Mental hospitals Bombay report 1929-33 - 1929-1933
Year: 1929
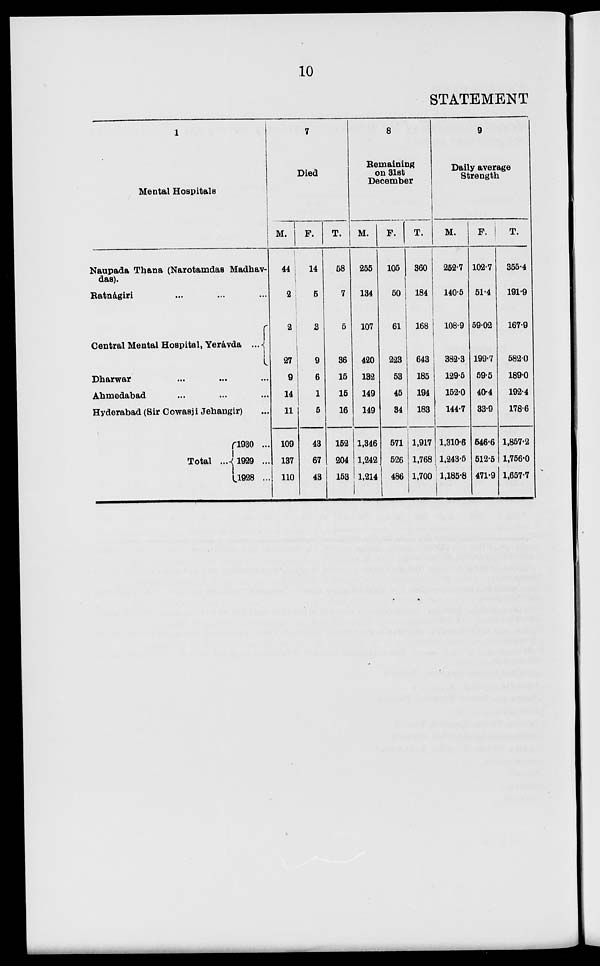
10
STATEMENT
1
Mental Hospitals
Naupada Thana (Narotamdas Madhav-
das).
Ratnágiri ... ... ...
Central Mental Hospital, Yerávda ...
Dharwar ... ... ...
Ahmedabad ... ... ...
Hyderabad (Sir Cowasji Jehangir) ...
Total ...
1930 ...
1929 ...
1928 ...
7
Died
M.
44
2
2
27
9
14
11
109
137
110
F.
14
5
3
9
6
1
5
43
67
43
T.
58
7
5
36
15
15
16
152
204
153
8
Remaining
on 31st
December
M.
255
134
107
420
132
149
149
1,346
1,242
1,214
F.
105
50
61
223
53
45
34
571
526
486
T.
360
184
168
643
185
194
183
1,917
1,768
1,700
9
Daily average
Strength
M.
252.7
140.5
108.9
382.3
129.6
152.0
144.7
1,310.6
1,243.5
1,185.8
F.
102.7
51.4
59.02
199.7
59.5
40.4
33.9
546.6
512.5
471.9
T.
355.4
191.9
167.9
582.0
189.0
192.4
178.6
1,857.2
1,756.0
1,657.7